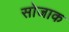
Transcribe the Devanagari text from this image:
सोजाक